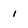
Character: 1